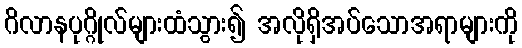
ဂိလာနပုဂ္ဂိုလ်များထံသွား၍ အလိုရှိအပ်သောအရာများကို